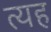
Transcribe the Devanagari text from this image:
त्यह